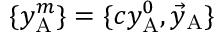
\{ y _ { \mathrm { A } } ^ { m } \} = \{ c y _ { \mathrm { A } } ^ { 0 } , { \vec { y } } _ { \mathrm { A } } \}